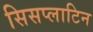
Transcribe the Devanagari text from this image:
सिसप्लाटिन